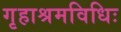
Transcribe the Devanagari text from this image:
गृहाश्रमविधिः